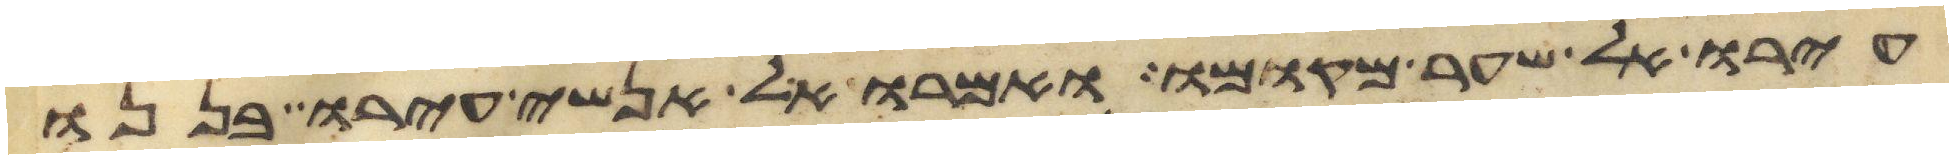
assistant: עירו אל שער מקומו ואמרו אל אנשי עירו בננו